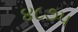
૪૮૭૫